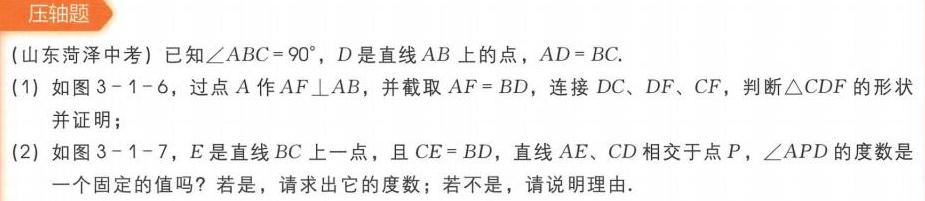
**压轴题**
(山东菏泽中考) 已知\(\angle ABC = 90^{\circ}\)，\(D\)是直线\(AB\)上的点，\(AD = BC\).
(1) 如图3 - 1 - 6，过点\(A\)作\(AF\perp AB\)，并截取\(AF = BD\)，连接\(DC\)、\(DF\)、\(CF\)，判断\(\triangle CDF\)的形状并证明；
(2) 如图3 - 1 - 7，\(E\)是直线\(BC\)上一点，且\(CE = BD\)，直线\(AE\)、\(CD\)相交于点\(P\)，\(\angle APD\)的度数是一个固定的值吗？若是，请求出它的度数；若不是，请说明理由.